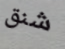
شنق